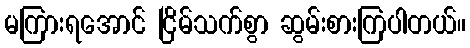
မကြားရအောင် ငြိမ်သက်စွာ ဆွမ်းစားကြပါတယ်။